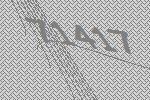
71417